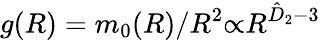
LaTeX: g(R)=m_{0}(R)/R^{2}{\propto}R^{\hat{D}_{2}-{3}}